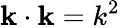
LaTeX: \mathbf{k}\cdot\mathbf{k}=k^{2}